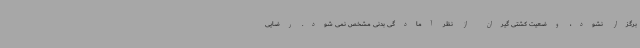
برگزار نشود، وضعیت کشتی گیران از نظر آمادگی بدنی مشخص نمی شود. رضایی